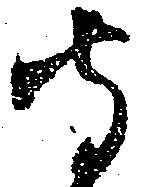
守